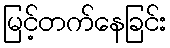
မြင့်တက်နေခြင်း